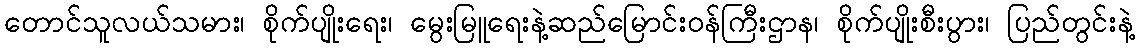
တောင်သူလယ်သမား၊ စိုက်ပျိုးရေး၊ မွေးမြူရေးနဲ့ဆည်မြောင်းဝန်ကြီးဌာန၊ စိုက်ပျိုးစီးပွား၊ ပြည်တွင်းနဲ့